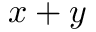
x + y